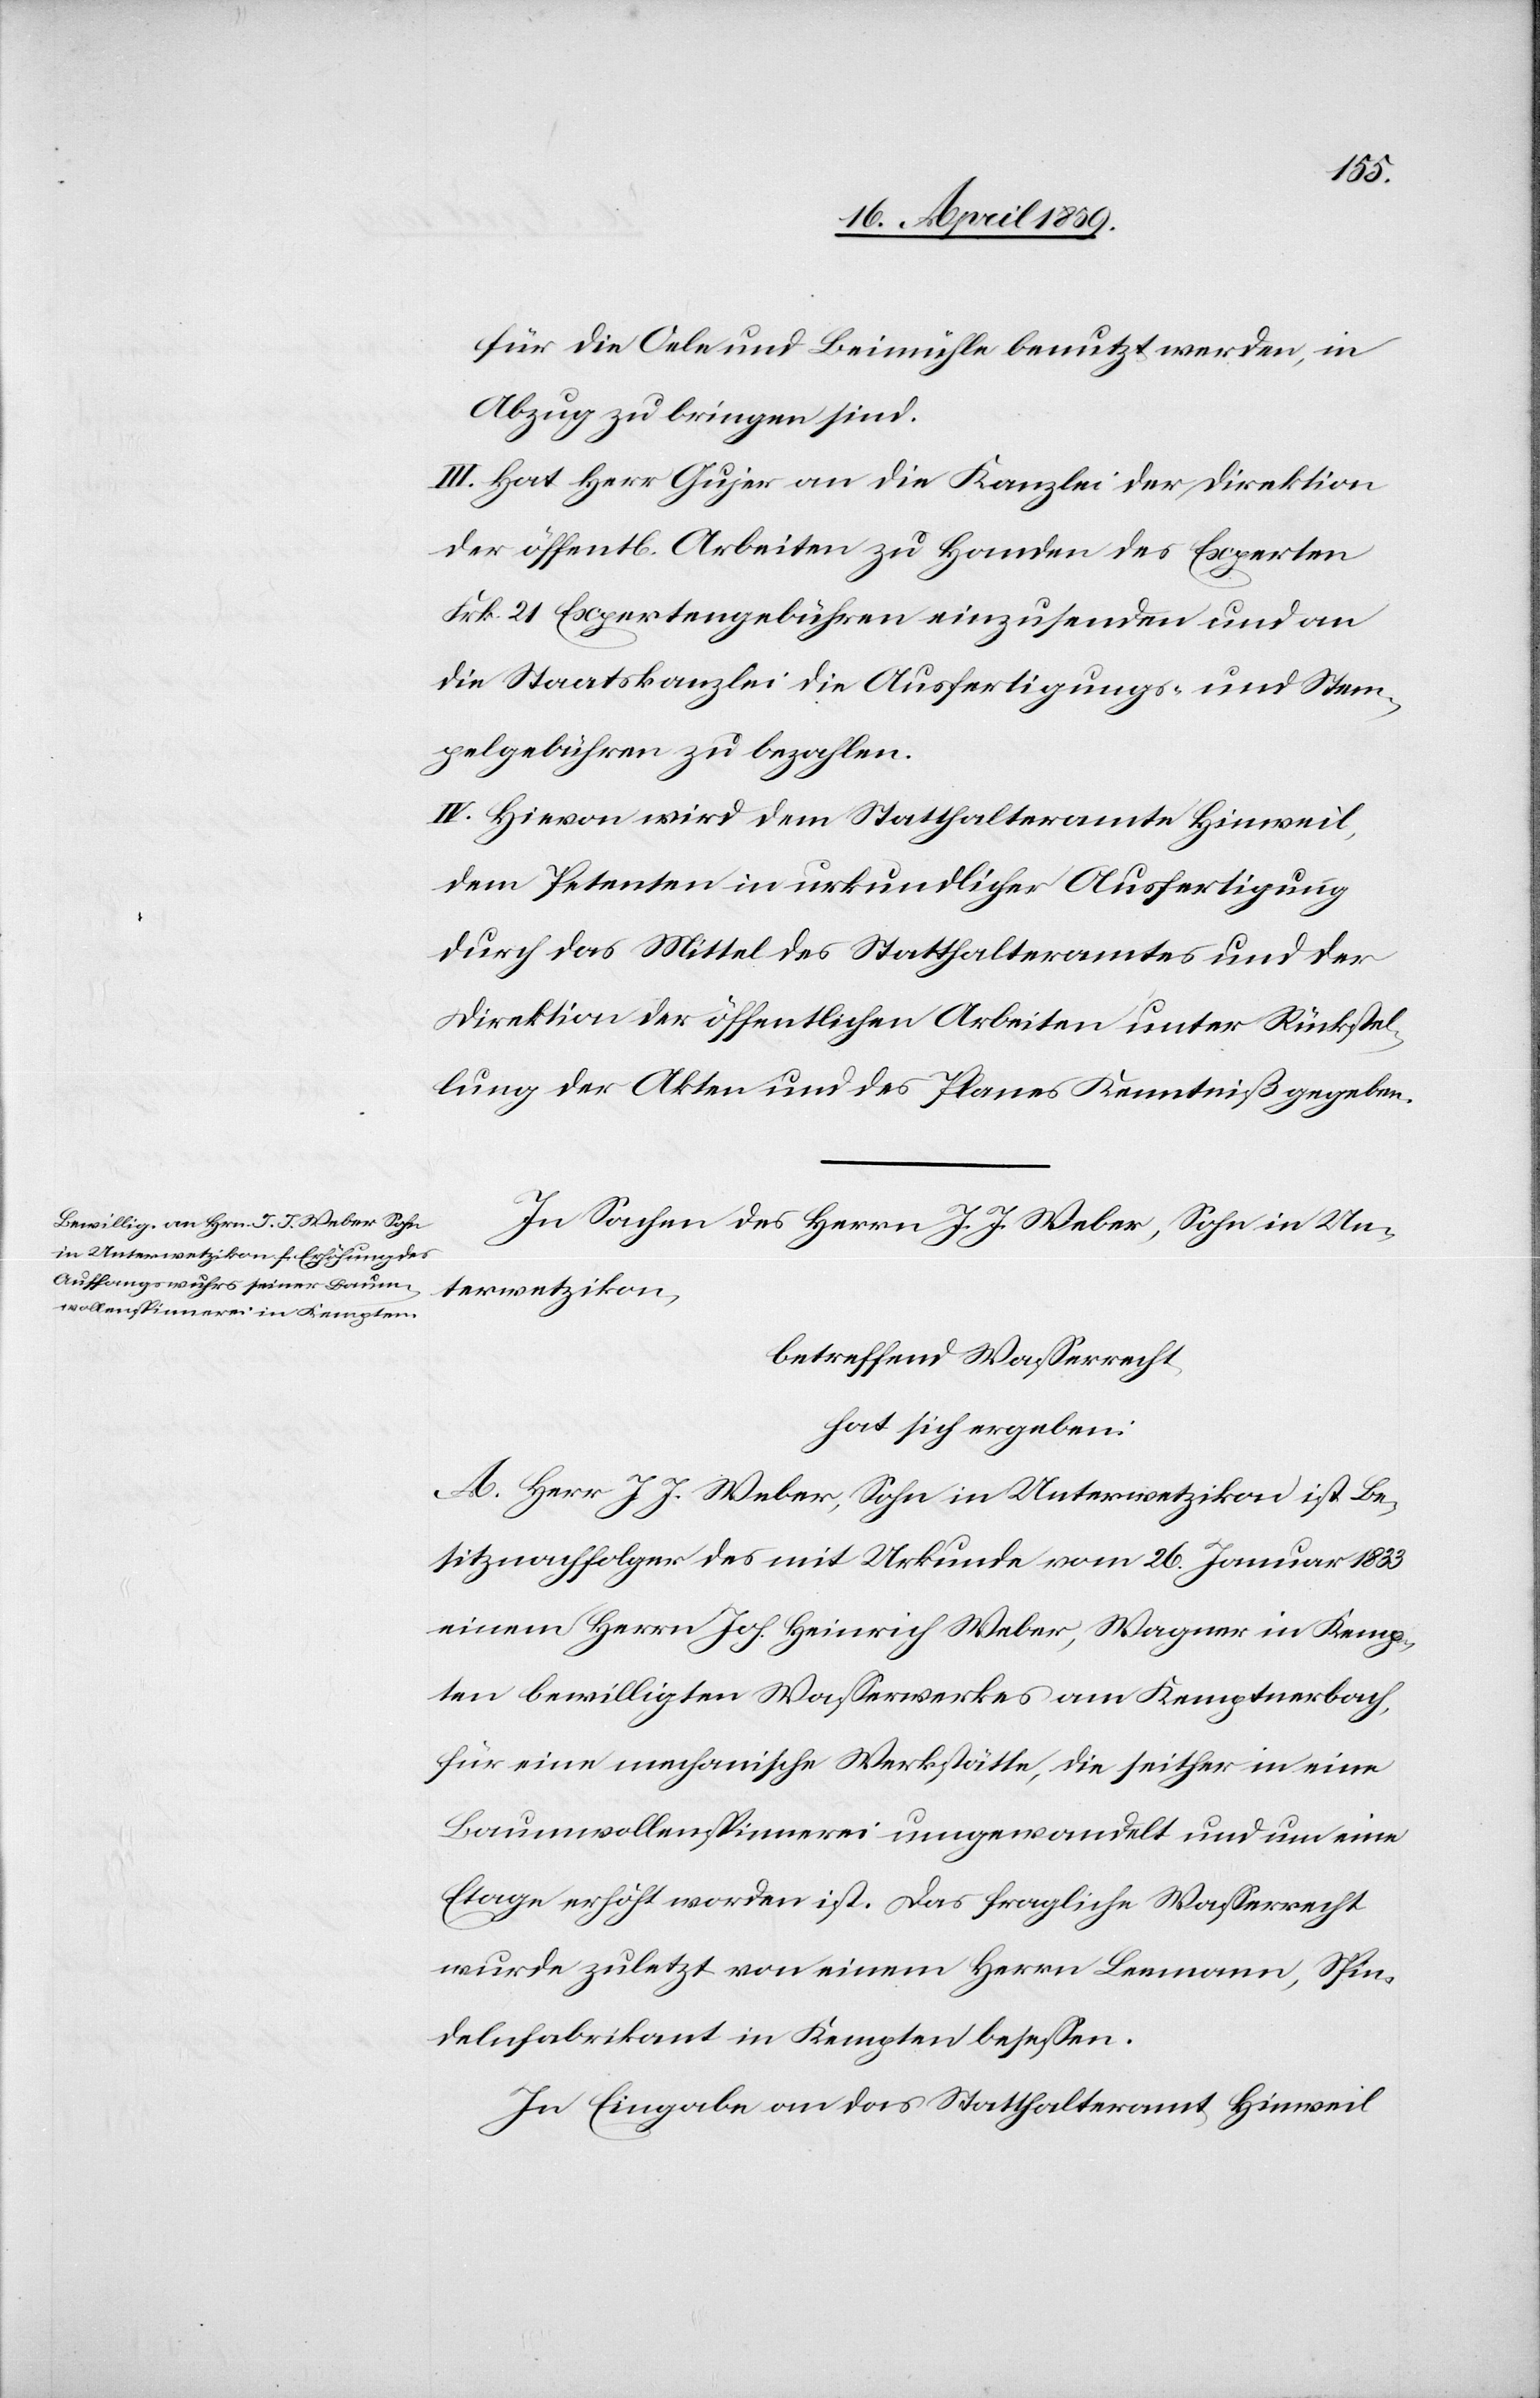
für die Oele und Beimühle benutzt werden, in
Abzug zu bringen sind.
III. Hat Herr Gujer an die Kanzlei der Direktion
der öffentlichen Arbeiten zu Handen des Experten
Frk. 21 Expertengebühren einzusenden und an
die Staatskanzlei die Ausfertigungs- und Stem¬
pelgebühren zu bezahlen.
IV. Hievon wird dem Statthalteramte Hinweil,
dem Petenten in urkundlicher Ausfertigung
durch das Mittel des Statthalteramtes und der
Direktion der öffentlichen Arbeiten unter Rückstel¬
lung der Akten und des Planes Kenntniß gegeben.
In Sachen des Herrn J. J. Weber, Sohn in Un¬
terwetzikon,
betreffend Waßerrecht,
hat sich ergeben:
A. Herr J. J. Weber, Sohn in Unterwetzikon ist Be¬
sitznachfolger des mit Urkunde vom 26. Januar 1833
einem Herrn Joh. Heinrich Weber, Wagner in Kemp¬
ten bewilligten Waßerwerkes am Kemptnerbach,
für eine mechanische Werkstätte, die seither in eine
Baumwollenspinnerei umgewandelt und um eine
Etage erhöht worden ist. Das fragliche Waßerrecht
wurde zuletzt von einem Herrn Leemann, Spin¬
delnfabrikant in Kempten beseßen.
In Eingabe an das Statthalteramt Hinweil